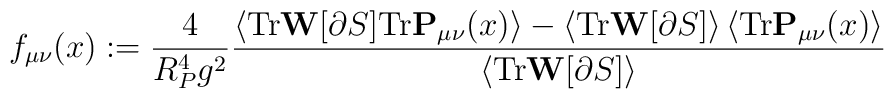
f_{\mu \nu }(x):=\frac{4}{R_{P}^{4}g^{2}}\frac{\left< \mathrm{Tr}\mathbf{W}[\partial S]\mathrm{Tr}\mathbf{P}_{\mu \nu }(x)\right> -\left< \mathrm{Tr}\mathbf{W}[\partial S]\right> \left< \mathrm{Tr}\mathbf{P}_{\mu \nu }(x)\right> }{\left< \mathrm{Tr}\mathbf{W}[\partial S]\right> }